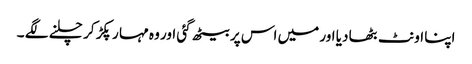
اپنا اونٹ بٹھا دیا اور میں اس پر بیٹھ گئی اور وہ مہا ر پکڑ کر چلنے لگے ۔